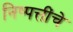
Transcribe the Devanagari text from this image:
निष्पत्तींचे